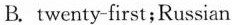
B. twenty-first;Russian